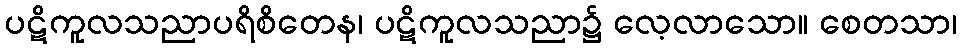
ပဋိကူလသညာပရိစိတေန၊ ပဋိကူလသညာ၌ လေ့လာသော။ စေတသာ၊